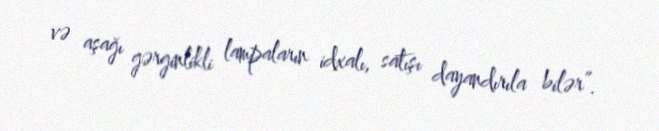
və aşağı gərginlikli lampaların idxalı, satışı dayandırıla bilər”.